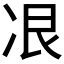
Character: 𫥋